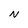
Character: N